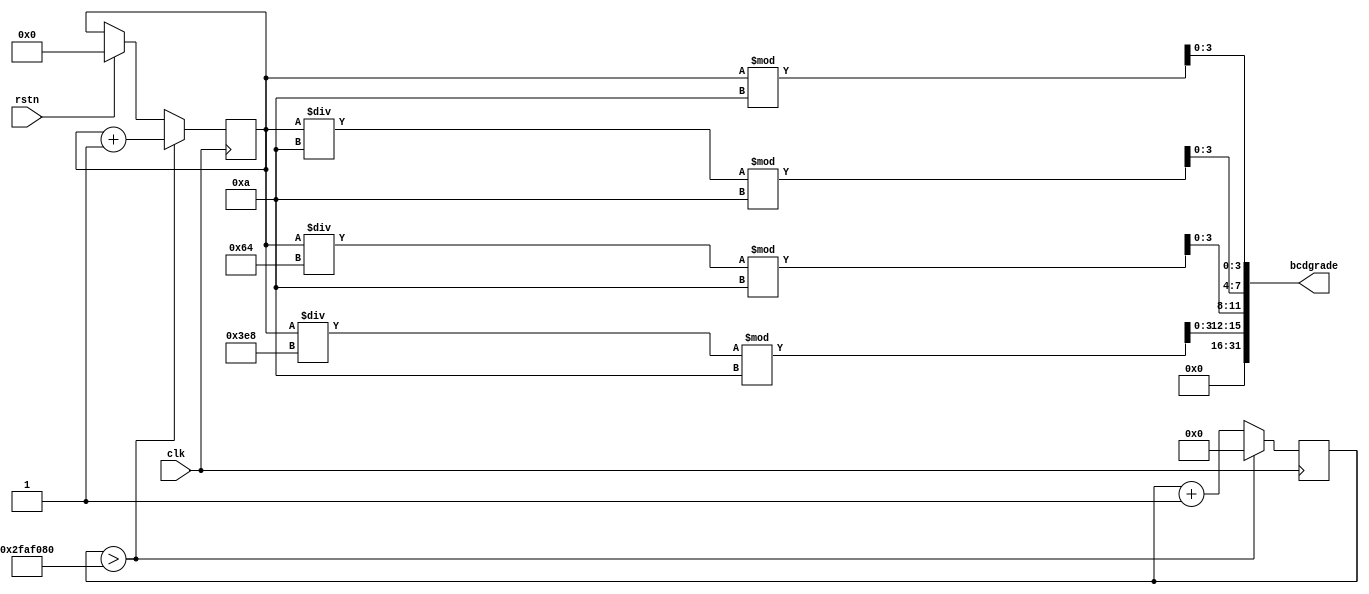
`timescale 1ns / 1ps
//////////////////////////////////////////////////////////////////////////////////
// Company: 
// Engineer: 
// 
// Design Name: 
// Module Name:    grade 
// Project Name: 
// Target Devices: 
// Tool versions: 
// Description: 
//
// Dependencies: 
//
// Revision: 
// Revision 0.01 - File Created
// Additional Comments: 
//
//////////////////////////////////////////////////////////////////////////////////
module grade(input clk,
                input rstn,
                output [31:0]bcdgrade
                 );
    reg [20:0]grade = 21'd0;
    reg [31:0]count = 32'd0;
    always @(posedge clk)
    begin
        count <= count + 32'd1;
        if(rstn)
        begin
            grade <= 21'd0;
        end
        if(count>32'd50000000)
        begin
            count <= 32'd0;
            grade <= grade + 21'd1;
        end
    end
    assign bcdgrade[3:0] = grade%10;
    assign bcdgrade[7:4] = grade/10%10;
    assign bcdgrade[11:8] = grade/100%10;
    assign bcdgrade[15:12] = grade/1000%10;
    assign bcdgrade[19:16] = 4'b0;
    assign bcdgrade[23:20] = 4'b0;
    assign bcdgrade[27:24] = 4'b0;
    assign bcdgrade[31:28] = 4'b0;  
endmodule